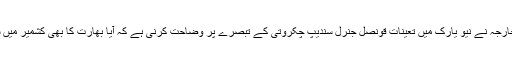
خبر رساں ادارے 'انڈیا ٹو ڈے' کے مطابق بھارتی کی وزارت خارجہ نے نیو یارک میں تعینات قونصل جنرل سندیپ چکروتی کے تبصرے پر وضاحت کرنی ہے کہ آیا بھارت کا بھی کشمیر میں سیکیورٹی کی صورت حال سے متعلق یہی سرکاری مؤقف ہے۔